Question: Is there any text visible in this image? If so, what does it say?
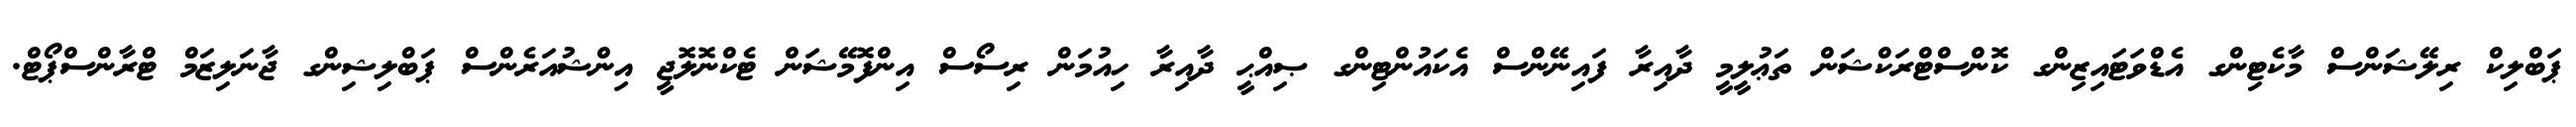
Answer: ޕަބްލިކް ރިލޭޝަންސް މާކެޓިންގ އެޑްވަޓައިޒިންގ ކޮންސްޓްރަކްޝަން ތަޢުލީމީ ދާއިރާ ފައިނޭންސް އެކައުންޓިންގ ޞިއްޙީ ދާއިރާ ހިއުމަން ރިސޯސް އިންފޮމޭޝަން ޓެކްނޮލޮޖީ އިންޝުއަރެންސް ޕަބްލިޝިންގ ޖާނަލިޒަމް ޓްރާންސްޕޯޓް.